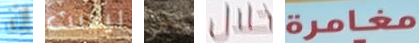
إن ليست الأمر خلال مغامرة